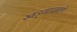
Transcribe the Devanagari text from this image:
खड्यांप्रमाणे